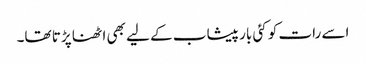
اسے رات کو کئی بار پیشاب کے لیے بھی اٹھنا پڑتا تھا۔